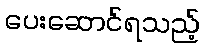
ပေးဆောင်ရသည့်